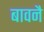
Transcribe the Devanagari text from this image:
बावनै